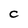
Character: C